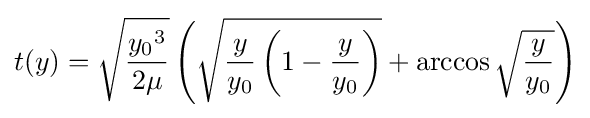
t(y)={\sqrt {\frac {{y_{0}}^{3}}{2\mu }}}\left({\sqrt {{\frac {y}{y_{0}}}\left(1-{\frac {y}{y_{0}}}\right)}}+\arccos {\sqrt {\frac {y}{y_{0}}}}\right)